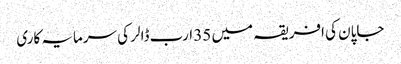
جاپان کی افریقہ میں 35 ارب ڈالر کی سرمایہ کاری